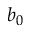
b _ { 0 }